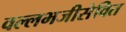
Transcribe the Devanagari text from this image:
वल्लभजीसेवित